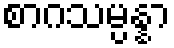
စာဂသမ္ပန္နာ